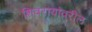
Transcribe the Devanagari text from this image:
शिवरायांवरील